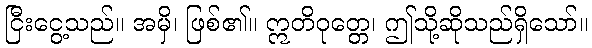
ငြီးငွေ့သည်။ အမှိ၊ ဖြစ်၏။ ဣတိဝုတ္တေ၊ ဤသို့ဆိုသည်ရှိသော်။